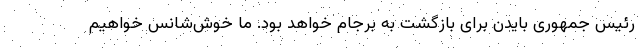
رئیس جمهوری بایدن برای بازگشت به برجام خواهد بود. ما خوش‌شانس خواهیم